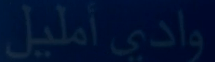
واديًأمليل